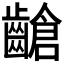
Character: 𪙎